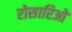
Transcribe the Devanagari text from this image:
रोसारिओ